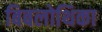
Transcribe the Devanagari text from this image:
बिबलोथिका